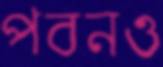
পবনও